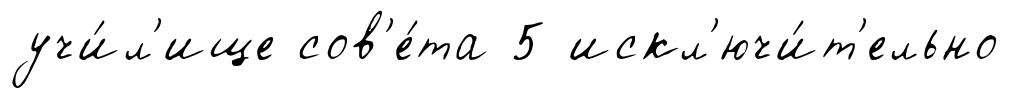
учи́л'ище сов'е́та 5 искл'ючи́т'ельно